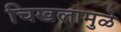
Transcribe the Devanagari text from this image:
चिखलामुळे